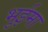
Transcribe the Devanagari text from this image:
भुईमा